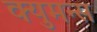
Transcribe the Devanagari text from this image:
क्युमन्स